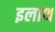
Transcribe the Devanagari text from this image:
इलाथ